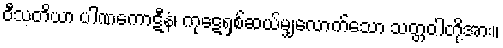
ဝီသတိယာ ပါဏကောဋီနံ၊ ကုဋေရှစ်ဆယ်မျှလောက်သော သတ္တဝါတို့အား။